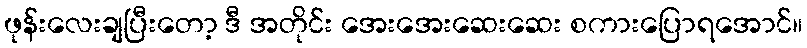
ဖုန်းလေးချပြီးတော့ ဒီ အတိုင်း အေးအေးဆေးဆေး စကားပြောရအောင်။